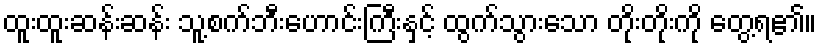
ထူးထူးဆန်းဆန်း သူ့စက်ဘီးဟောင်းကြီးနှင့် ထွက်သွားသော တိုးတိုးကို တွေ့ရ၏။